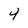
Character: 4